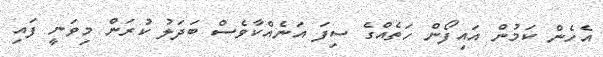
އެހެން ކަމުން އައިފޯން ހަތެއްގެ ސިފަ އަނެއްކާވެސް ބަދަލު ކުރަން މިވަނީ ފައި